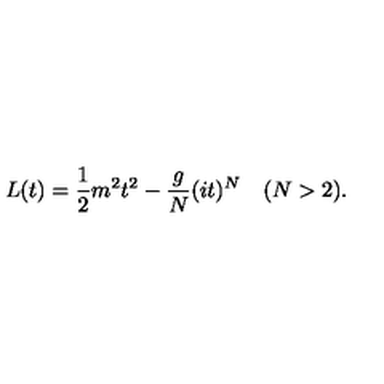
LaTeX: L ( t ) = { \frac { 1 } { 2 } } m ^ { 2 } t ^ { 2 } - { \frac { g } { N } } ( i t ) ^ { N } \quad ( N > 2 ) .